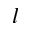
l